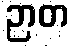
ဉာတ